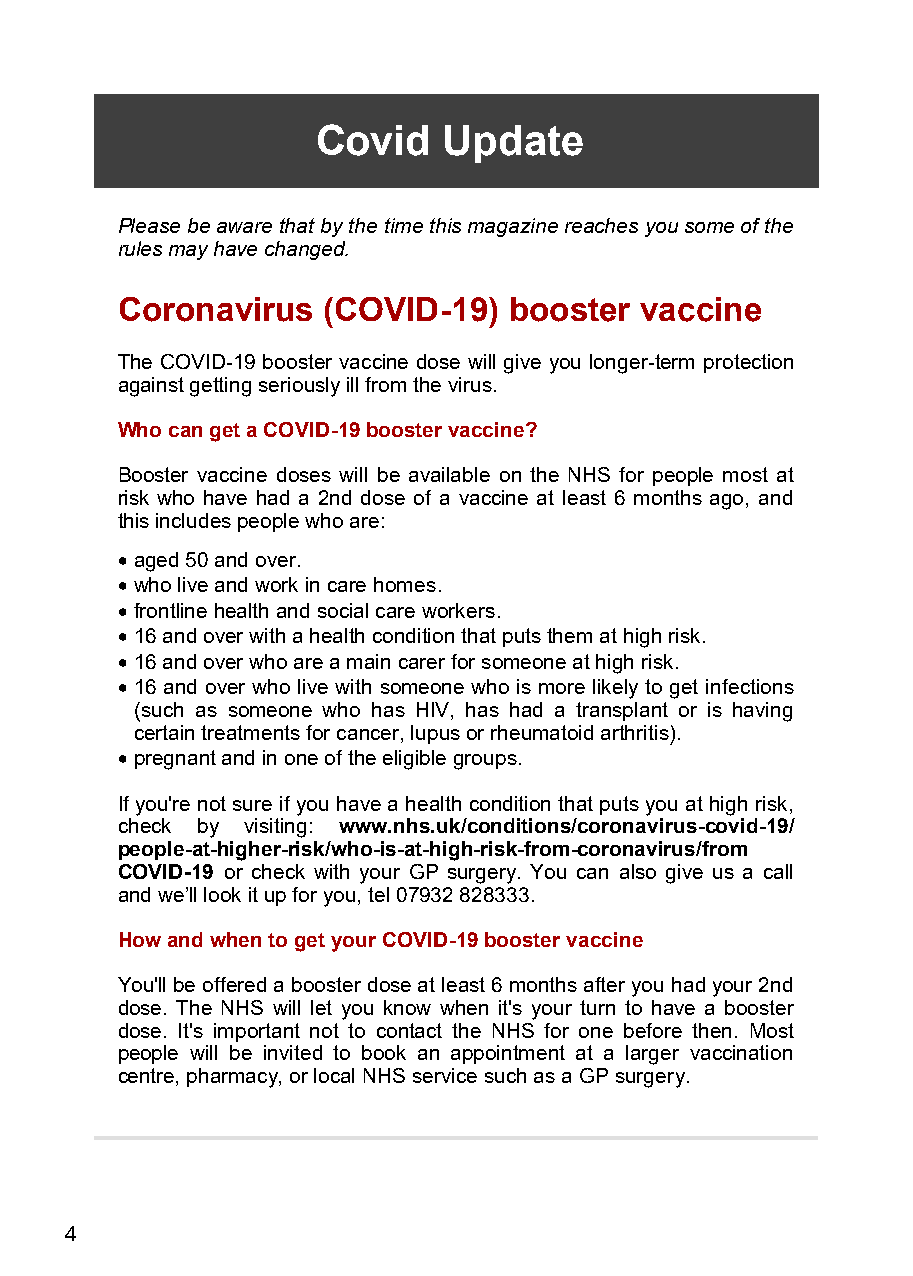
Covid   Update
 Please be aware that by the time this magazine reaches you some of the
 rules may have changed.
 Coronavirus  (COVID-19)   booster vaccine
 The COVID-19 booster vaccine dose will give you longer-term protection
 against getting seriously ill from the virus.
 Who can get a COVID-19 booster vaccine?
 Booster vaccine doses will be available on the NHS for people most at
 risk who have had a 2nd dose of a vaccine at least 6 months ago, and
 this includes people who are:
 • aged 50 and over.
 • who live and work in care homes.
 • frontline health and social care workers.
 • 16 and over with a health condition that puts them at high risk.
 • 16 and over who are a main carer for someone at high risk.
 • 16 and over who live with someone who is more likely to get infections
 (such as someone who has HIV, has had a transplant or is having
 certain treatments for cancer, lupus or rheumatoid arthritis).
 • pregnant and in one of the eligible groups.
 If you're not sure if you have a health condition that puts you at high risk,
 check by visiting: www.nhs.uk/conditions/coronavirus-covid-19/
 people-at-higher-risk/who-is-at-high-risk-from-coronavirus/from
 COVID-19 or check with your GP surgery. You can also give us a call
 and we’ll look it up for you, tel 07932 828333.
 How and when to get your COVID-19 booster vaccine
 You'll be offered a booster dose at least 6 months after you had your 2nd
 dose. The NHS will let you know when it's your turn to have a booster
 dose. It's important not to contact the NHS for one before then. Most
 people will be invited to book an appointment at a larger vaccination
 centre, pharmacy, or local NHS service such as a GP surgery.
 4